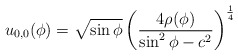
\begin{align*} u_{0,0}(\phi) = \sqrt{\sin\phi}\left(\frac{4\rho(\phi)}{\sin^2\phi - c^2}\right)^\frac{1}{4}\end{align*}